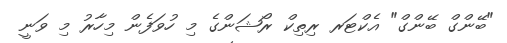
"ބޭންގް ބޭންގް" އެކްޓަރ ރިތިކް ރޯޝަންގެ މި ހުވަފެން މިހާރު މި ވަނީ